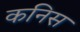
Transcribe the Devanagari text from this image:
कनिस